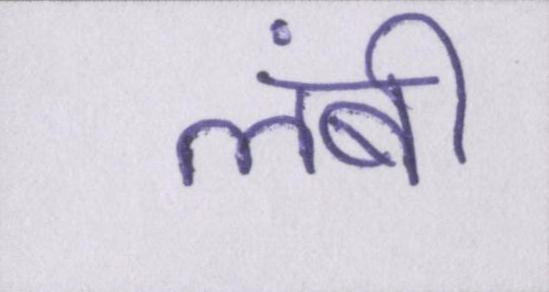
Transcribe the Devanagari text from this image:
लंबी